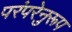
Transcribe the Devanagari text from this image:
परंपरेनुरूप